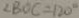
\angle B O C = 1 2 0 ^ { \circ }